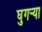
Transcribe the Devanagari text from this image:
घुगर्‍या